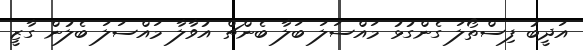
އަދީބު ފިސްތޯލަ ގެންގުޅު މައްސަލަ ބަލާ ބެންޗް އުވާލާ މައްސަލަ ބެލުން ގާޒީ